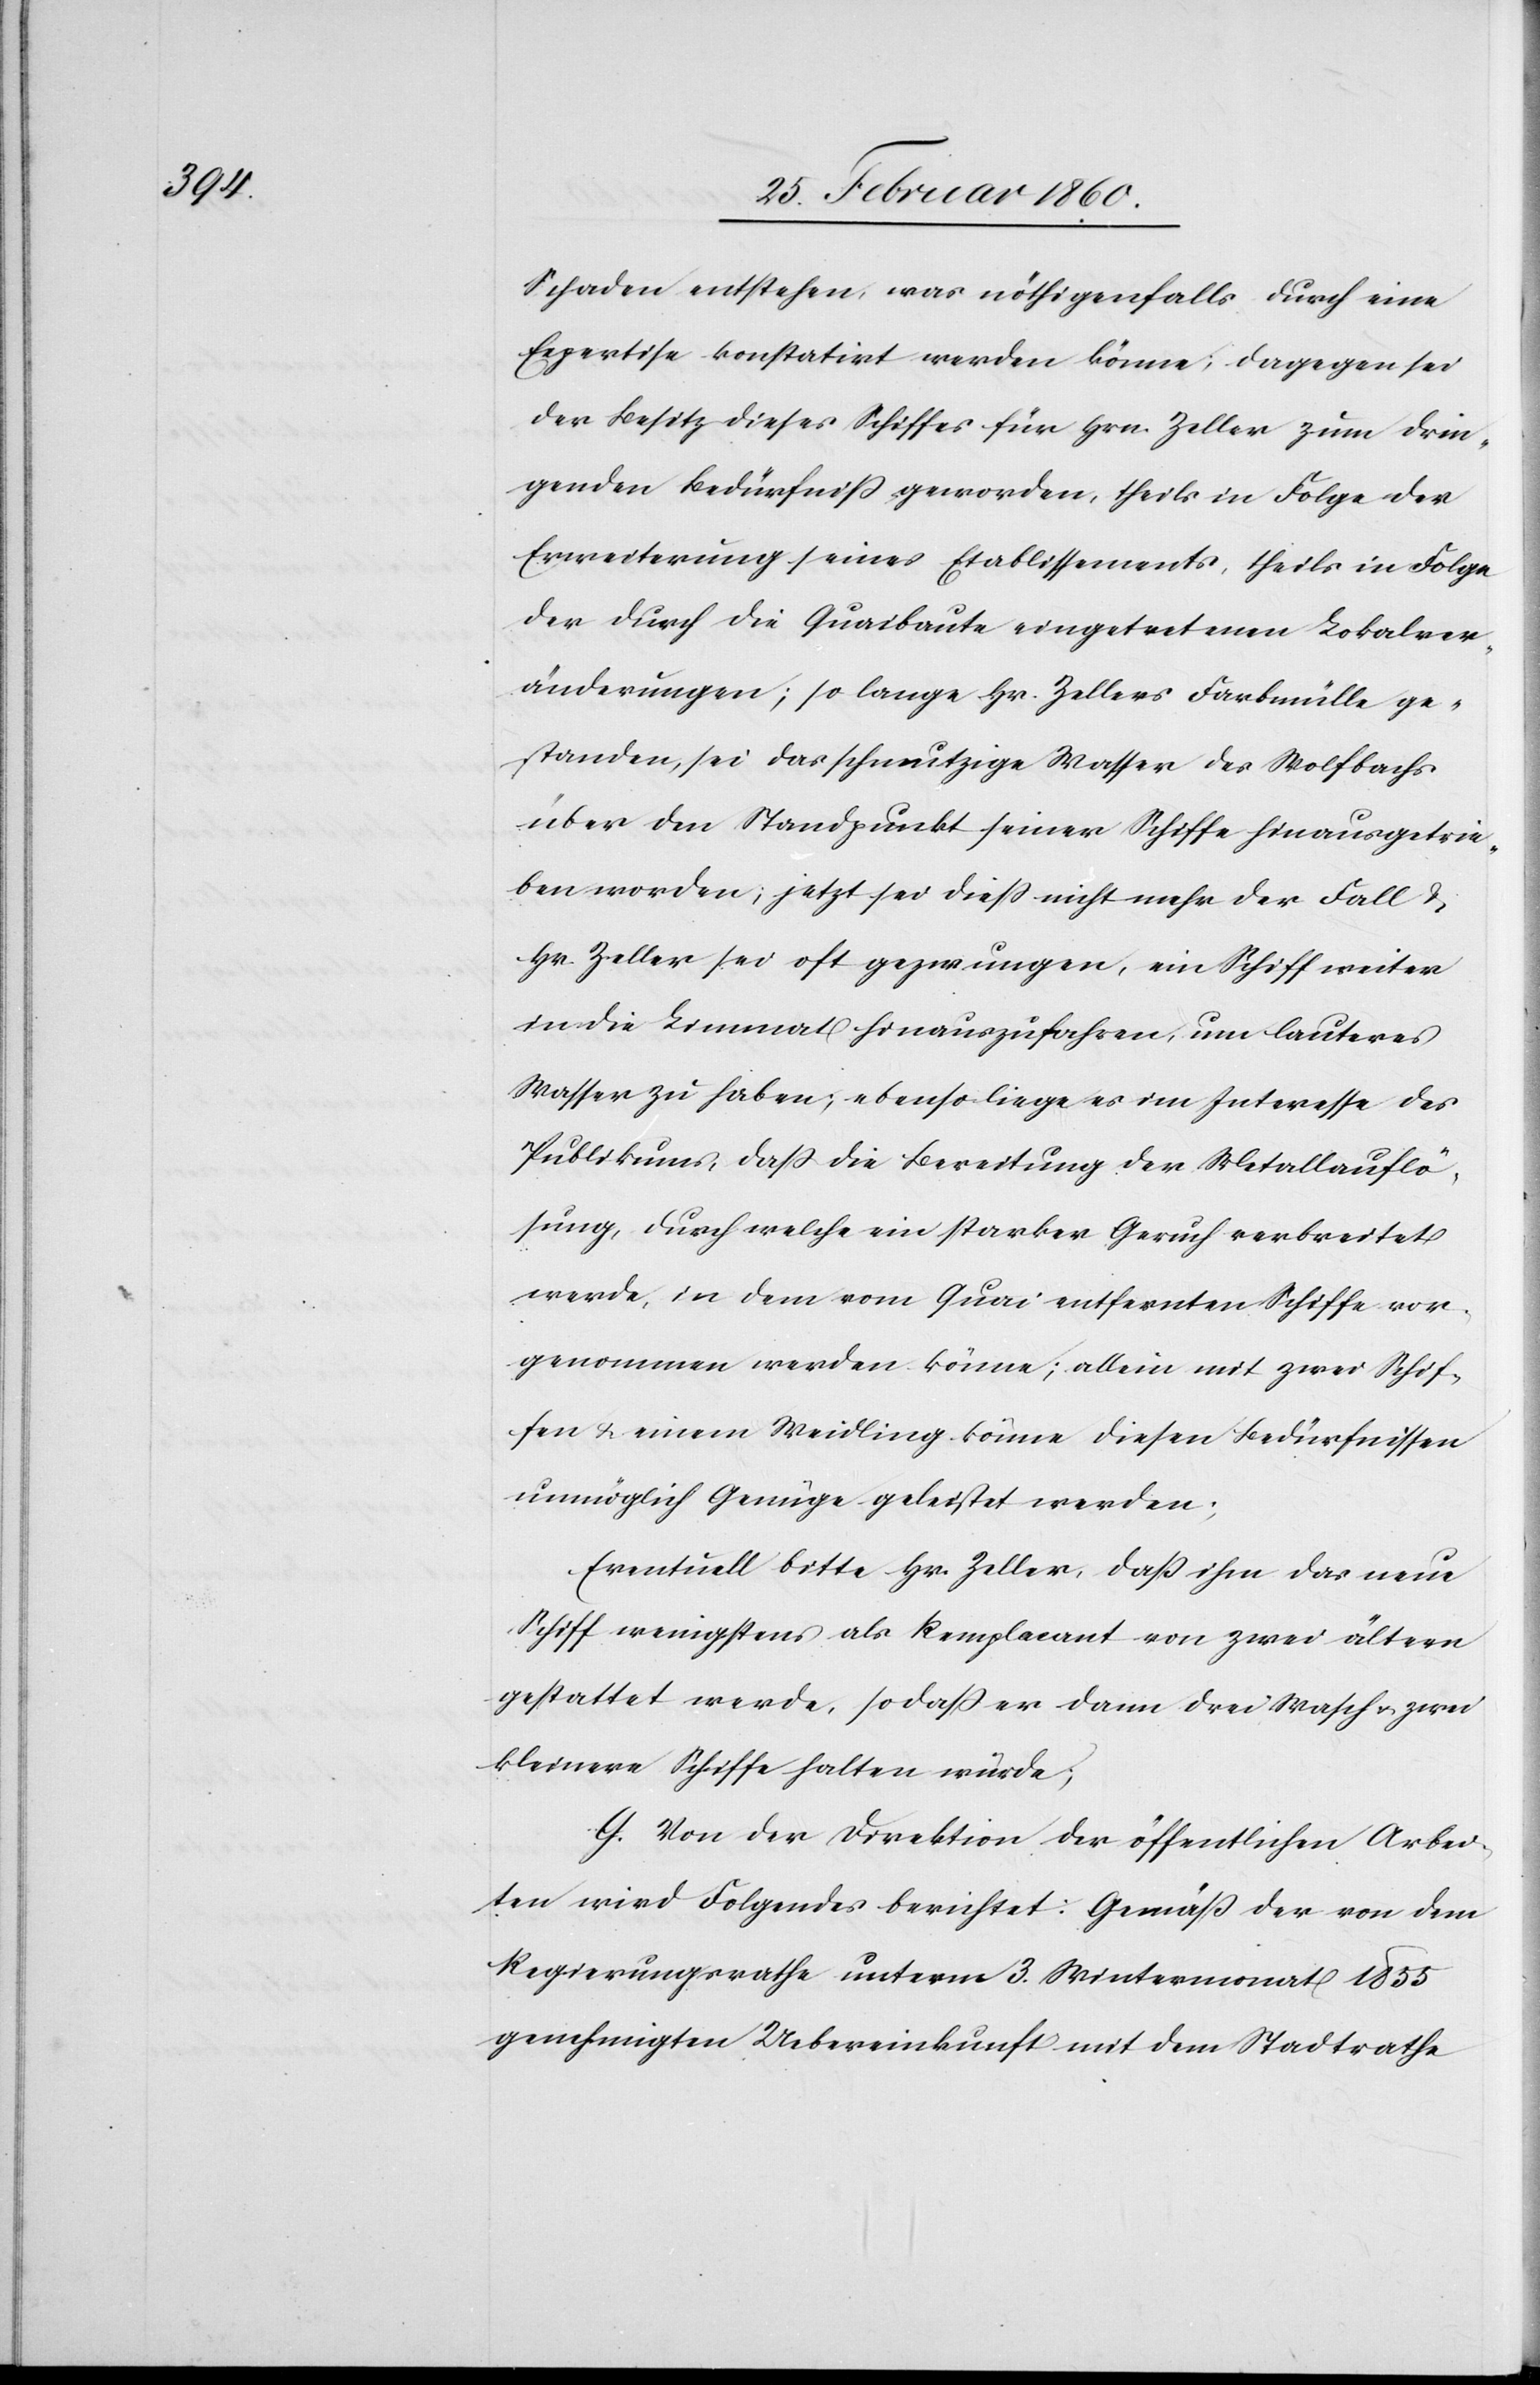
Schaden entstehen, was nöthigenfalls durch eine
Expertise konstatirt werden könne; dagegen sei
der Besitz dieses Schiffes für Hrn. Zeller zum drin¬
genden Bedürfniss geworden, theils in Folge der
Erweiterung seines Etablissements, theils in Folge
der durch die Quaibaute eingetretenen Lokalver¬
änderungen; so lange Hr. Zellers Farbmülle ge¬
standen, sei das schmutzige Wasser des Wolfbachs
über den Standpunkt seiner Schiffe hinausgetrie¬
ben worden, jetzt sei diess nicht mehr der Fall u.
Hr. Zeller sei oft gezwungen, ein Schiff weiter
in die Limmat hinauszufahren, um lauteres
Wasser zu haben; ebenso liege es im Interesse des
Publikums, dass die Bereitung der Metallauflö¬
sung, durch welche ein starker Geruch verbreitet
werde, in dem vom Quai entfernten Schiffe vor¬
genommen werden könne; allein mit zwei Schif¬
fen u. einem Weidling könne diesen Bedürfnissen
unmöglich Genüge geleistet werden;
Eventuell bitte Hr. Zeller, dass ihm das neue
Schiff wenigstens als Remplacant von zwei ältern
gestattet werde, so dass er dann drei Wasch[-] u. zwei
kleinere Schiffe halten würde.
G. Von der Direktion der öffentlichen Arbei¬
ten wird Folgendes berichtet: Gemäss der von dem
Regierungsrathe unterm 3. Wintermonat 1855
genehmigten Uebereinkunft mit dem Stadtrathe